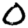
Digit: 0